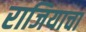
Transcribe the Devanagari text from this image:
राजियाचा